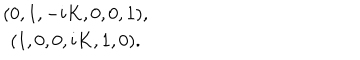
LaTeX: \begin{array} { c c c c c c } { { ( 0 , 1 , - i K , 0 , 0 , 1 ) , } } \\ { { ( 1 , 0 , 0 , i K , 1 , 0 ) . } } \\ \end{array}